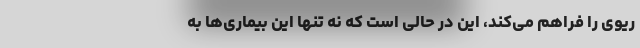
ریوی را فراهم می‌کند، این در حالی است که نه تنها این بیماری‌ها به